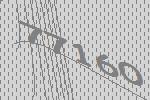
77160